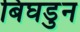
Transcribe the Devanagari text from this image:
बिघडुन